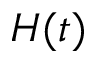
H ( t )